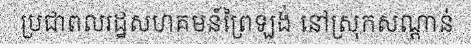
ប្រជាពលរដ្ឋសហគមន៍ព្រៃឡង់ នៅស្រុកសណ្តាន់